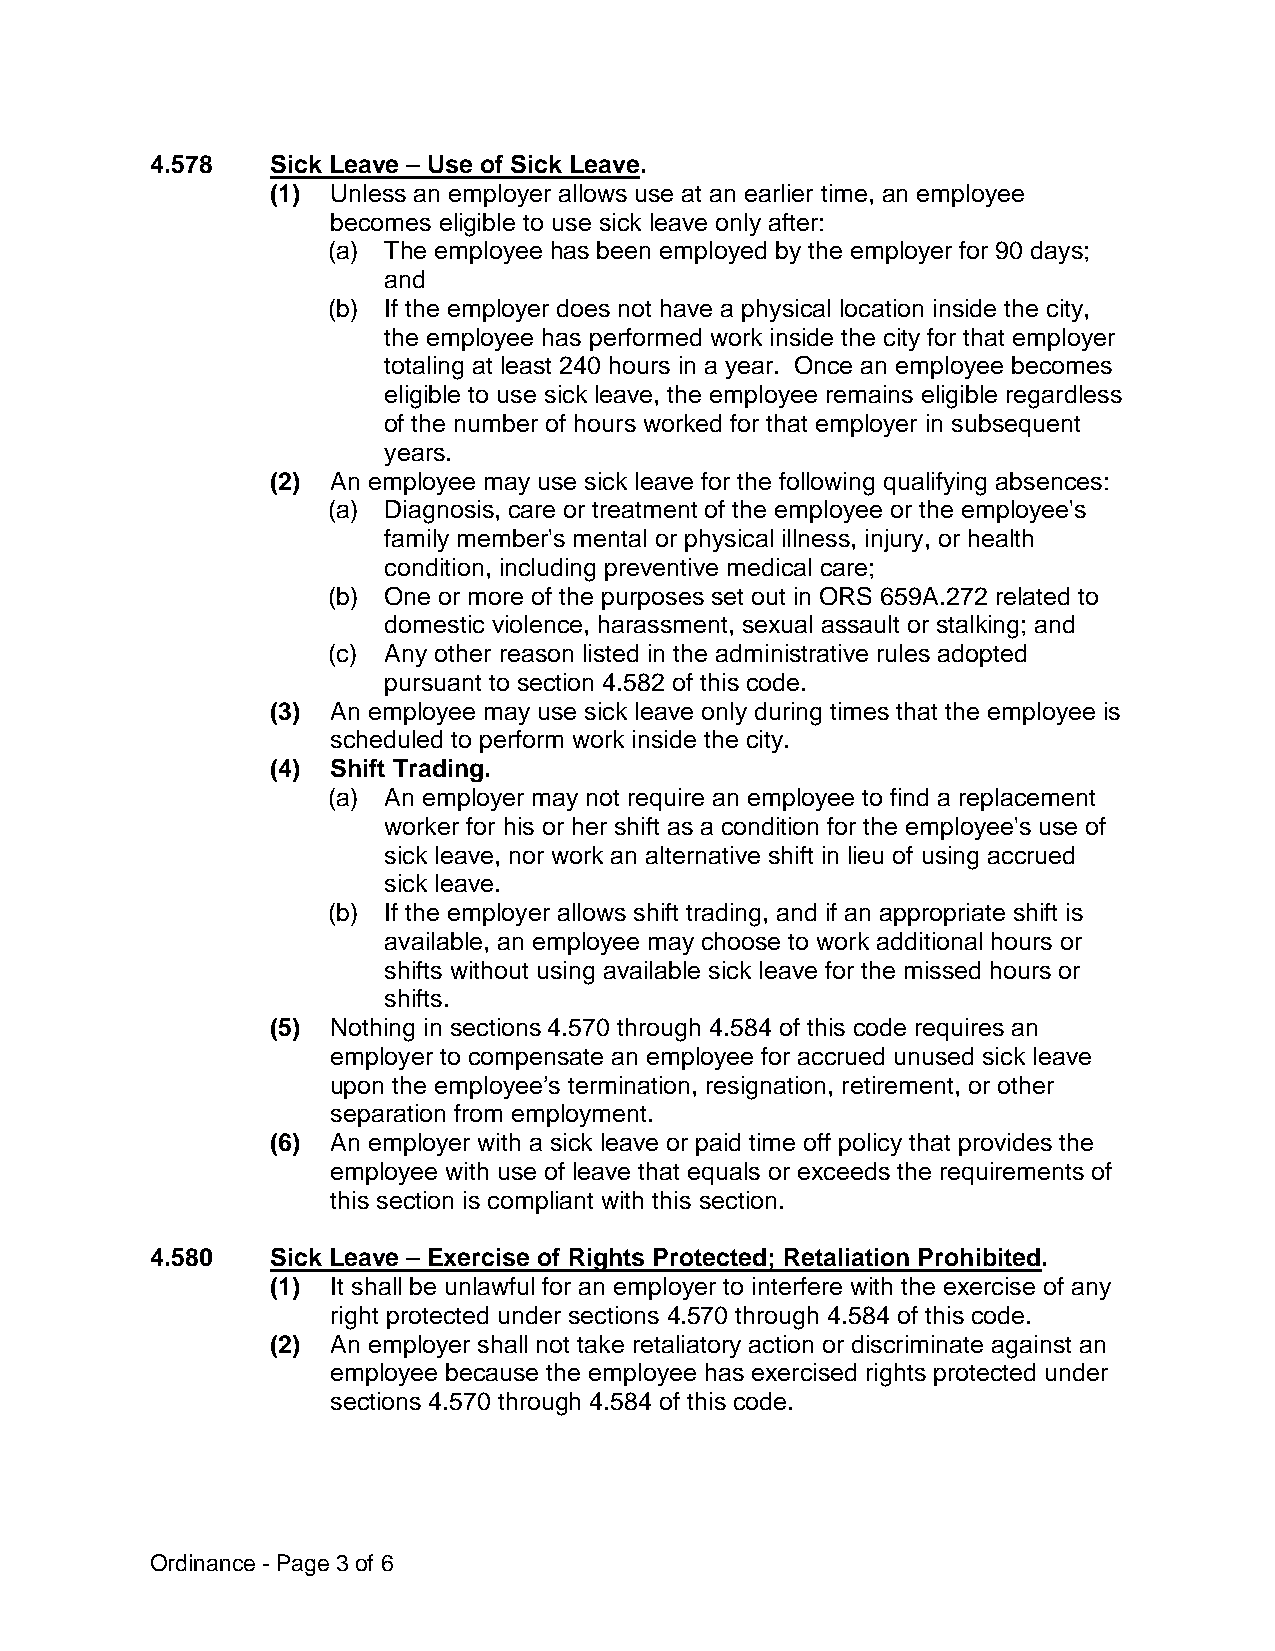
4.578   Sick Leave – Use of Sick Leave.
 (1) Unless an employer allows use at an earlier time, an employee
 becomes eligible to use sick leave only after:
 (a) The employee has been employed by the employer for 90 days;
 and
 (b) If the employer does not have a physical location inside the city,
 the employee has performed work inside the city for that employer
 totaling at least 240 hours in a year. Once an employee becomes
 eligible to use sick leave, the employee remains eligible regardless
 of the number of hours worked for that employer in subsequent
 years.
 (2) An employee may use sick leave for the following qualifying absences:
 (a) Diagnosis, care or treatment of the employee or the employee's
 family member's mental or physical illness, injury, or health
 condition, including preventive medical care;
 (b) One or more of the purposes set out in ORS 659A.272 related to
 domestic violence, harassment, sexual assault or stalking; and
 (c) Any other reason listed in the administrative rules adopted
 pursuant to section 4.582 of this code.
 (3) An employee may use sick leave only during times that the employee is
 scheduled to perform work inside the city.
 (4) Shift Trading.
 (a) An employer may not require an employee to find a replacement
 worker for his or her shift as a condition for the employee's use of
 sick leave, nor work an alternative shift in lieu of using accrued
 sick leave.
 (b) If the employer allows shift trading, and if an appropriate shift is
 available, an employee may choose to work additional hours or
 shifts without using available sick leave for the missed hours or
 shifts.
 (5) Nothing in sections 4.570 through 4.584 of this code requires an
 employer to compensate an employee for accrued unused sick leave
 upon the employee’s termination, resignation, retirement, or other
 separation from employment.
 (6) An employer with a sick leave or paid time off policy that provides the
 employee with use of leave that equals or exceeds the requirements of
 this section is compliant with this section.
 4.580   Sick Leave – Exercise of Rights Protected; Retaliation Prohibited.
 (1) It shall be unlawful for an employer to interfere with the exercise of any
 right protected under sections 4.570 through 4.584 of this code.
 (2) An employer shall not take retaliatory action or discriminate against an
 employee because the employee has exercised rights protected under
 sections 4.570 through 4.584 of this code.
 Ordinance - Page 3 of 6